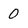
Character: 0